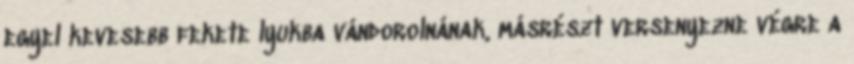
egyel kevesebb fekete lyukba vándorolnának, másrészt versenyezne végre a